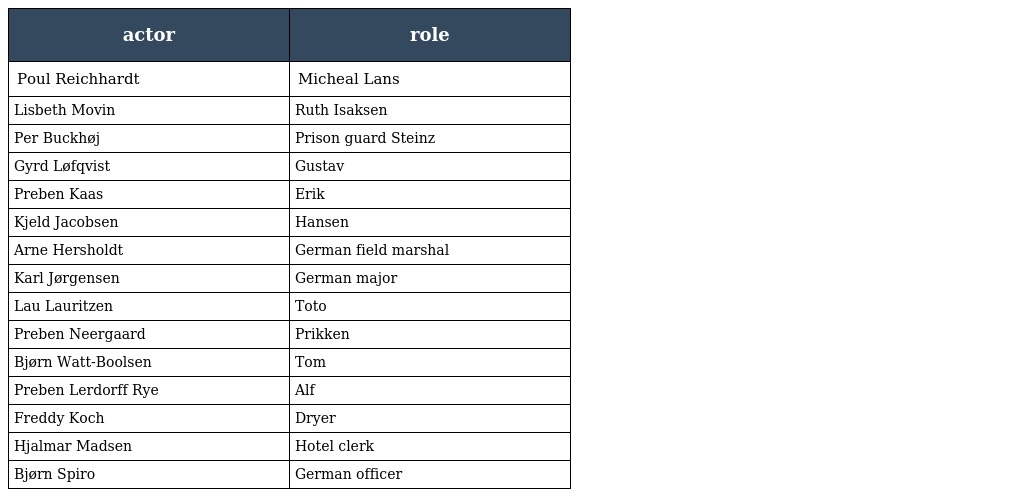
| actor | role |
 | --- | --- |
 | Poul Reichhardt | Micheal Lans |
 | Lisbeth Movin | Ruth Isaksen |
 | Per Buckhøj | Prison guard Steinz |
 | Gyrd Løfqvist | Gustav |
 | Preben Kaas | Erik |
 | Kjeld Jacobsen | Hansen |
 | Arne Hersholdt | German field marshal |
 | Karl Jørgensen | German major |
 | Lau Lauritzen | Toto |
 | Preben Neergaard | Prikken |
 | Bjørn Watt-Boolsen | Tom |
 | Preben Lerdorff Rye | Alf |
 | Freddy Koch | Dryer |
 | Hjalmar Madsen | Hotel clerk |
 | Bjørn Spiro | German officer |